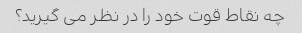
چه نقاط قوت خود را در نظر می گیرید؟